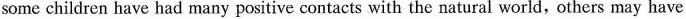
some children have had many positive contacts with the natural world,others may have